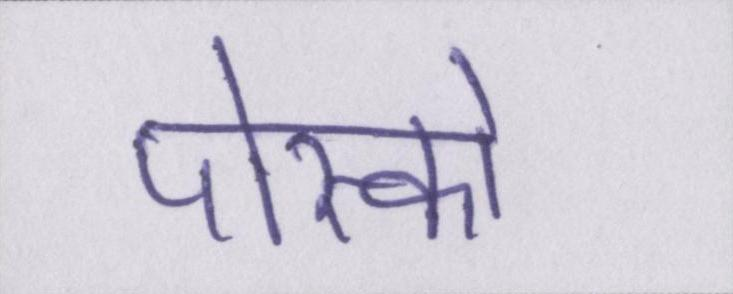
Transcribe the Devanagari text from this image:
पोस्को